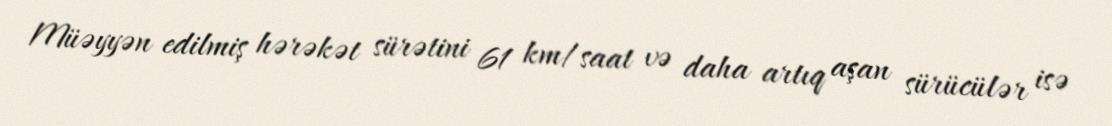
Müəyyən edilmiş hərəkət sürətini 61 km/saat və daha artıq aşan sürücülər isə